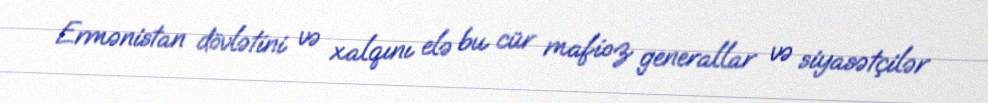
Ermənistan dövlətini və xalqını elə bu cür mafioz generallar və siyasətçilər